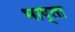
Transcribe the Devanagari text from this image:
भाद्ता